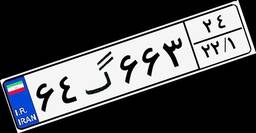
۶۴گ۶۶۳۲۴